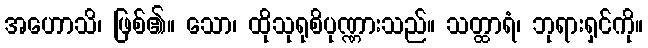
အဟောသိ၊ ဖြစ်၏။ သော၊ ထိုသုရုစိပုဏ္ဏားသည်။ သတ္ထာရံ၊ ဘုရားရှင်ကို။